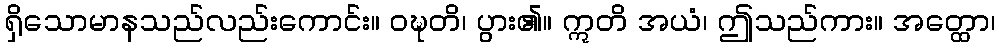
ရှိသောမာနသည်လည်းကောင်း။ ဝဍ္ဎတိ၊ ပွား၏။ ဣတိ အယံ၊ ဤသည်ကား။ အတ္ထော၊